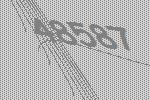
48587